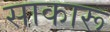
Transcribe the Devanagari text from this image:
साकारू